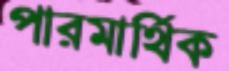
পারমার্থিক